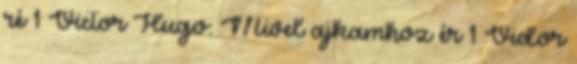
ré 1 Victor Hugo: Mivel ajkamhoz ér 1 Vidor